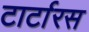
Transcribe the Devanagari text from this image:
टार्टारस